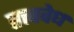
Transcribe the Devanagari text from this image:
तत्त्ववेध